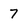
Character: 7